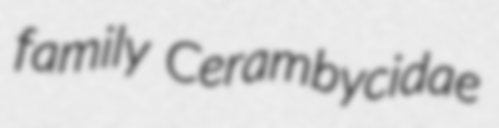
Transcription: family Cerambycidae